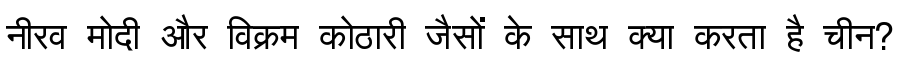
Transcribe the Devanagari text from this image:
नीरव मोदी और विक्रम कोठारी जैसों के साथ क्या करता है चीन?